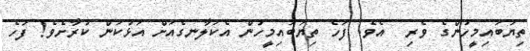
ތިޔަބައިމީހުންގެ ވެރި  އެވެ. ފަހެ ތިޔަބައިމީހުން އެކަލާނގެއަށް އަޅުކަން ކުރާށެވެ! ފަހެ